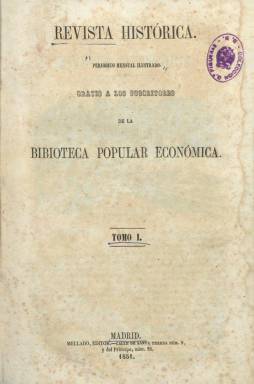
Título: Revista histórica (Madrid)
Colección: Historia || Derecho
Ámbito geográfico: Madrid
Lugar de publicación: Madrid
Fechas: 01/01/1851-31/12/1851

“Periódico mensual ilustrado” indica el subtítulo de esta publicación que el editor e impresor Francisco de Paula Mellado (1810?-1876) repartía “gratis a los suscritores de la Biblioteca Popular Económica”, una colección en la que dio a conocer tanto a autores clásicos españoles y extranjeros como a los folletinescos tan en moda en aquella época. La colección de la Biblioteca Nacional de España (BNE) de este título la forma sólo el primer tomo, correspondiente al año 1851, con un total de 395 páginas, compuestas a dos columnas, y con índice al final. Editó otro segundo tomo, de otras 395 páginas, correspondiente a 1852.

Las entregas, con foliación continuada, debieron ser de 32 páginas cada una. Inserta textos sobre narraciones de sucesos históricos; de historia política, de España y contemporánea; de biografías, sucesos políticos de esos años y noticias geográficas y heráldicas. Contiene la sección fija Parte oficial (con normativa gubernamental) y la novela histórica La favorita, de Antonio Pirala.

Destaca de esta publicación los grabados en madera intercalados en los textos, de retratos, vistas o escenas; la mayoría de procedencia extranjera, pero otros de retratos de personalidades españolas, firmados por Urrabieta y Ortega; entre estos un grabado de Garcilaso, firmado por J.P. Valls.

Referencias bibliográficas sobre este título se encuentran en el trabajo El libro romántico, de María del Carmen Artigas-Sanz; en La ilustración gráfica del siglo XIX, de Vicente Pla Vivas, y en la tesis doctoral de Ruth López Zazo, sobre la labor editorial de Mellado.